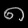
Digit: ၈